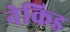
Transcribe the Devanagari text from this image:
नेकिड